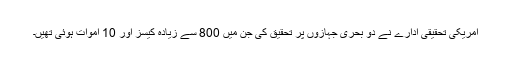
امریکی تحقیقی ادارے نے دو بحری جہازوں پر تحقیق کی جن میں 800 سے زیادہ کیسز اور 10 اموات ہوئی تھیں۔